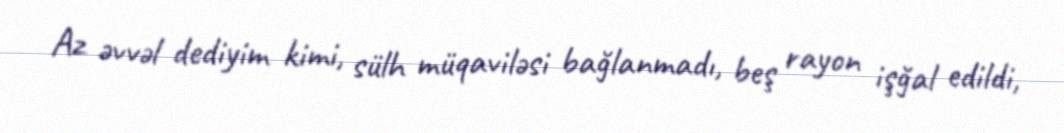
Az əvvəl dediyim kimi, sülh müqaviləsi bağlanmadı, beş rayon işğal edildi,